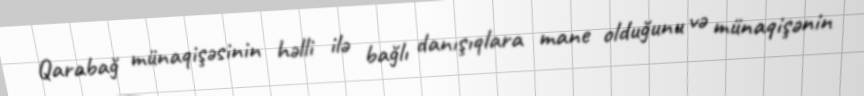
Qarabağ münaqişəsinin həlli ilə bağlı danışıqlara mane olduğunu və münaqişənin